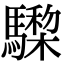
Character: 𩦅